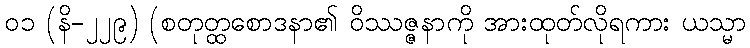
၀၁ (နိ-၂၂၉) (စတုတ္ထစောဒနာ၏ ဝိဿဇ္ဇနာကို အားထုတ်လိုရကား ယသ္မာ